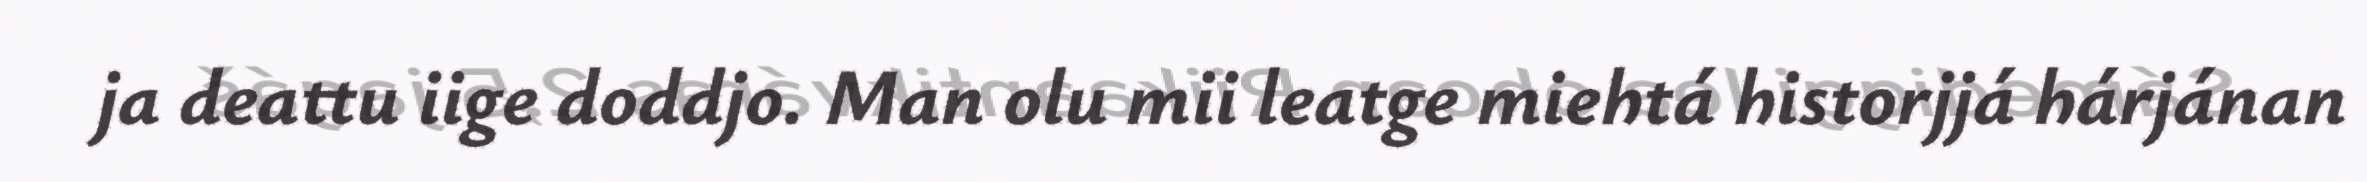
ja deattu iige doddjo. Man olu mii leatge miehtá historjjá hárjánan